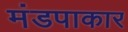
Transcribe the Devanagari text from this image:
मंडपाकार